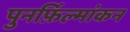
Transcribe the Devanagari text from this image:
पुनर्फ़िल्मांकन